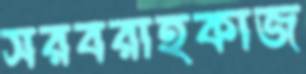
সরবরাহকাজ